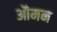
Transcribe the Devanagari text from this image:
औमन